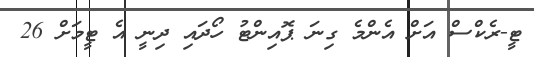
ޓީ-ރެކްސް އަށް އެންމެ ގިނަ ޕޮއިންޓު ހޯދައި ދިނީ އެ ޓީމަށް 26